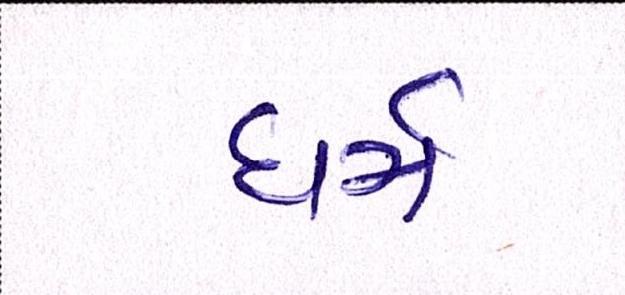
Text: ધર્મ